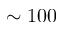
\sim 1 0 0